Sketch of the medical history of the native army of Bombay, for the year
Year: 1872
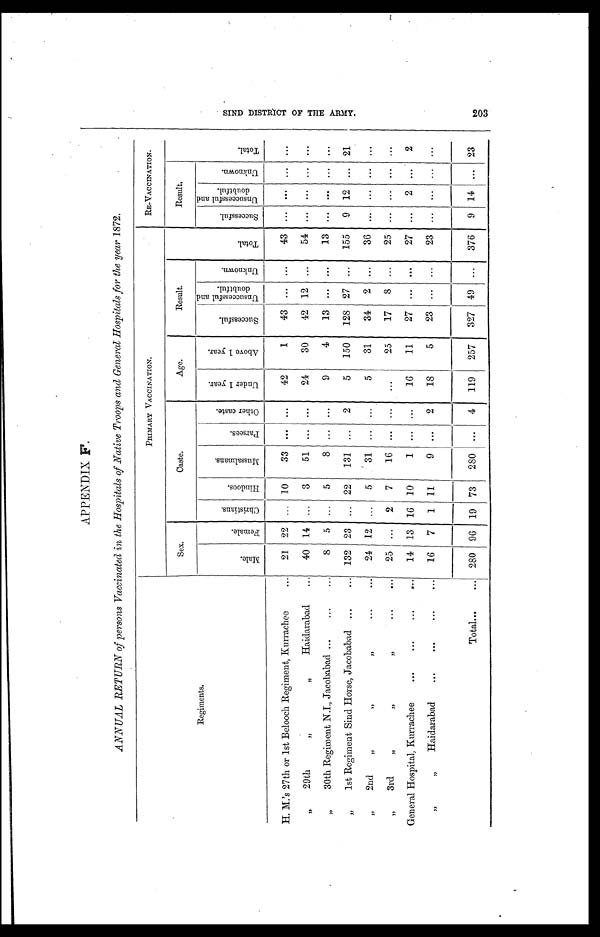
APPENDIX F .
ANNUAL RETURN of persons Vaccinated in the Hospitals of Native Troops and General Hospitals for the year 1872.
Regiments.
PRIMARY VACCINATION.
RE-VACCINATION.
Sex.
Caste.
Age.
Result.
T o t a l .
Resul t.
T o t a l .
M a l e .
F e m a l e .
C h r i s t i a n s .
H i n d o o s .
M u s s a l m a n s .
P a r s s e s .
O t h e r c a s t e .
U n d e r 1 y e a r .
A b o v e 1 y e a r .
S u c c e s s f u l .
U n s u c c e s s f u l a n d d o u b t f u l .
U n k n o w n .
S u c c e s s f u l .
U n s u c c e s s f u l a n d d o u b t f u l .
U n k n o w n .
H. M.'s 27th or 1st Belooch Regiment, Kurrachee
21 22 ... 10
33 ... ...
42
1
43 ... ...
43
. . . ...
. . .
. . .
" 29th " Haidarabad
40 14 ...
3
51 ... ...
24
30
42 12
. . . 54
. . . ...
. . .
. . .
" 30th Regiment N.I., Jacobabad
8
5 ...
5
8
. . .
. . .
9
4
13 ... ...
13
. . .
...
. . .
. . .
" 1st Regiment Sind Horse, Jacobabad
132 23 ... 22
131 ...
2
5
150
128 27 ...
155
9 12 ... 21
" 2nd " " "
24
1 2 ...
5
31 ... ...
5
31
34
2 ...
36
. . .
...
. . .
. . .
" 3rd" " "
25 ...
2
7
16 ... ...
...
25
17
8 ...
25
. . . ...
. . .
. . .
General Hospital, Kurrachee
14 13 16 10
1
. . .
. . .
16
11
27...
. . .
27
. . .
2 ...
2
" " Haidarabad
16
7
1 11
9 ...
2
18
5
23 ... ...
23
. . . ...
. . .
. . .
Total
280 96 19 73
280
. . .
4
119
257
327 49 ...
376
9 14 ... 23
S I N D D I S T R I C T O F T H E A R M Y .
203